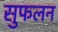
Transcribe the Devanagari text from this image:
सुफलन